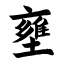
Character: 壅